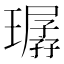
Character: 㻵